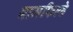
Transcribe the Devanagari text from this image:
बामफिल्डे